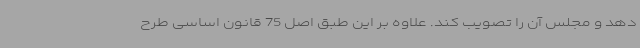
دهد و مجلس آن را تصویب کند. علاوه بر این طبق اصل 75 قانون اساسی طرح